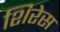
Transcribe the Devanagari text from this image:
शिरेस